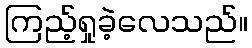
ကြည့်ရှုခဲ့လေသည်။